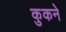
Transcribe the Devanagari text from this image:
कुकने